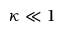
\kappa \ll 1